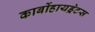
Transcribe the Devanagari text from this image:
कार्बोहायड्रेटस